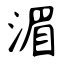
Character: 湄